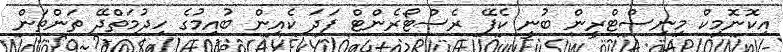
އިކޮނޮމިކް މިނިސްޓްރީން ބުނީ ކެފޭ ރެސްޓޯރެންޓް ފަދަ ކެއިން ބުއިމުގެ ހިދުމަތްދޭ ތަންތަން